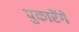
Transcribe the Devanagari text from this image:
पुकारेंगे